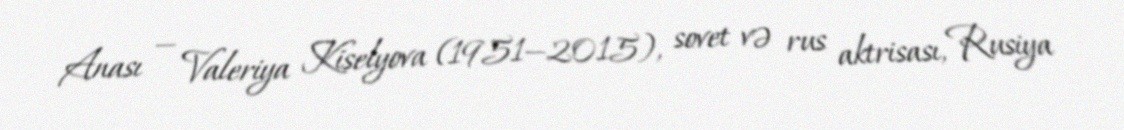
Anası — Valeriya Kiselyova (1951—2015), sovet və rus aktrisası, Rusiya